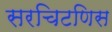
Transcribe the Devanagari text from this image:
सरचिटणिस